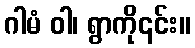
ဂါမံ ဝါ၊ ရွာကို၎င်း။